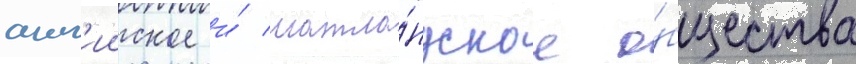
англ'ииское и́ шотла́ндское о́бщества